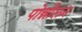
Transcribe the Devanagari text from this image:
पोन्नीलन